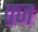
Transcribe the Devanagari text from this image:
फ्ज